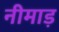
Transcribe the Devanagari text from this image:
नीमाड़